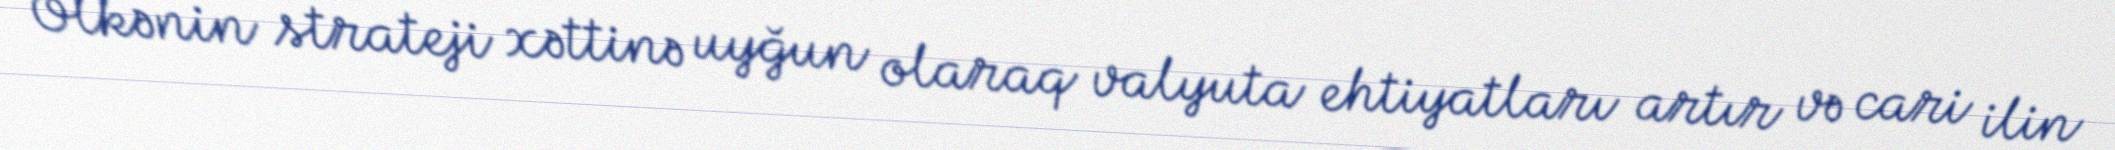
Ölkənin strateji xəttinə uyğun olaraq valyuta ehtiyatları artır və cari ilin